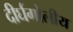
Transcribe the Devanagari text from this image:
दीर्घगोलीय